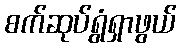
စက်ဆုပ်ရွံရှာဖွယ်